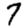
Digit: 7